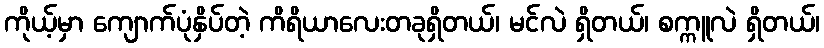
ကိုယ့်မှာ ကျောက်ပုံနှိပ်တဲ့ ကိရိယာလေးတခုရှိတယ်၊ မင်လဲ ရှိတယ်၊ စက္ကူလဲ ရှိတယ်၊